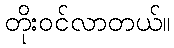
တိုးဝင်လာတယ်။